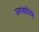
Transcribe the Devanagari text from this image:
जयवर्दनेने